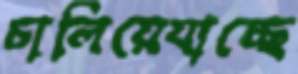
চালিয়েযাচ্ছে